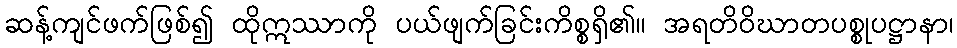
ဆန့်ကျင်ဖက်ဖြစ်၍ ထိုဣဿာကို ပယ်ဖျက်ခြင်းကိစ္စရှိ၏။ အရတိဝိဃာတပစ္စုပဋ္ဌာနာ၊